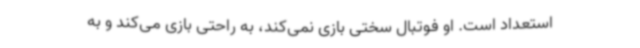
استعداد است. او فوتبال سختی بازی نمی‌کند، به راحتی بازی می‌کند و به